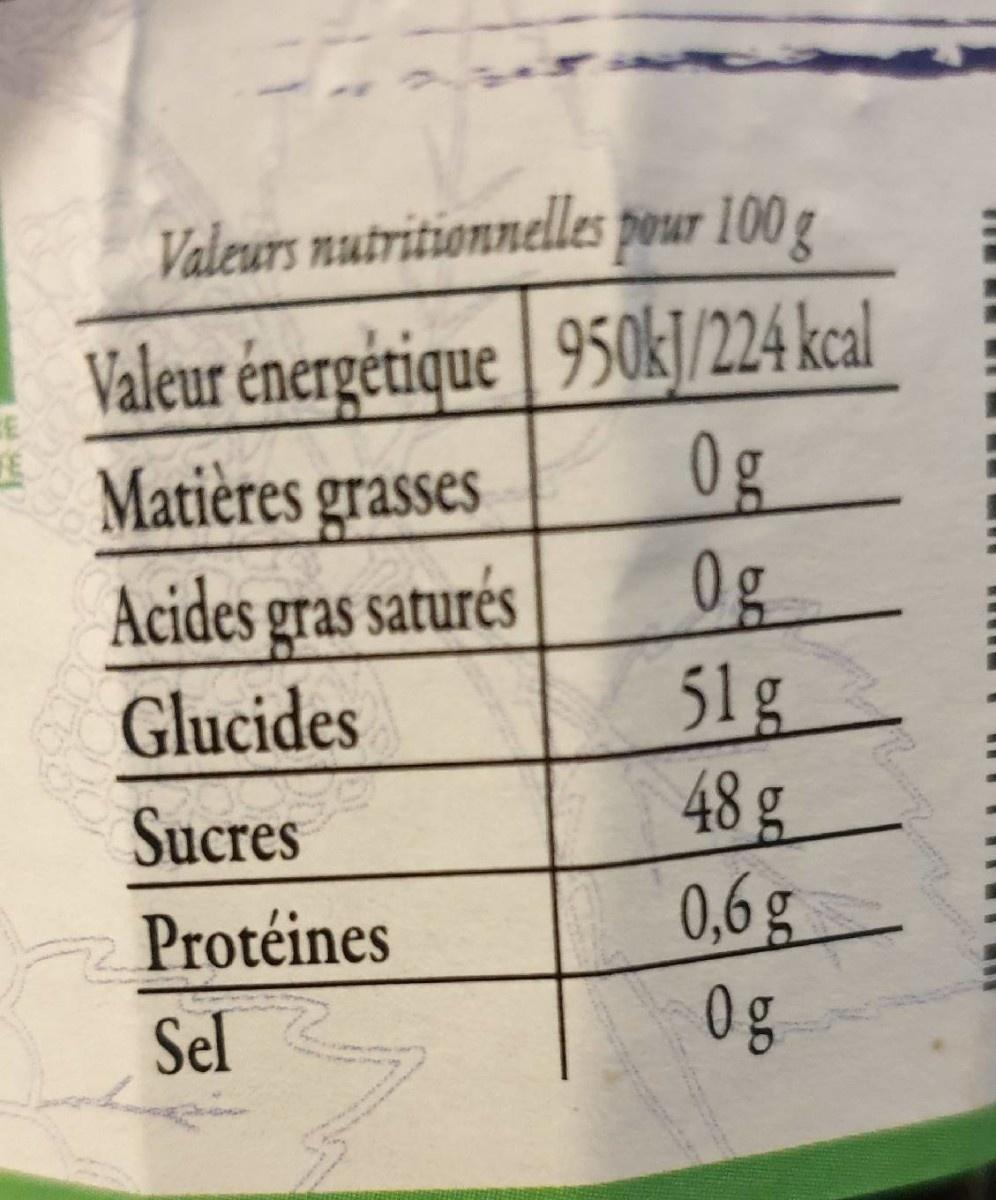
Valeurs nutritionnelles pour 100 g
Valeur énergétique | 950k]/224 kcal 0g 0g 51g 48 g 0,6g
Matières grasses Acides gras saturés
Glucides
Sucres
Protéines
Sel
0g